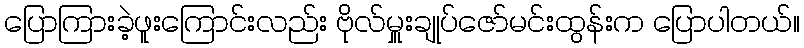
ပြောကြားခဲ့ဖူးကြောင်းလည်း ဗိုလ်မှူးချုပ်ဇော်မင်းထွန်းက ပြောပါတယ်။